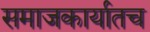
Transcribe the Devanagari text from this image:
समाजकार्यातच